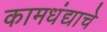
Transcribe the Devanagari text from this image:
कामधंद्याचे